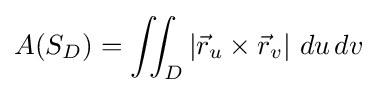
A(S_{D})=\iint _{D}\left|{\vec {r}}_{u}\times {\vec {r}}_{v}\right|\,du\,dv